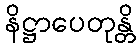
နိဋ္ဌာပေတုန္တိ